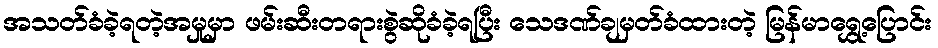
အသတ်ခံခဲ့ရတဲ့အမှုမှာ ဖမ်းဆီးတရားစွဲဆိုခံခဲ့ရပြီး သေဒဏ်ချမှတ်ခံထားတဲ့ မြန်မာရွှေ့ပြောင်း